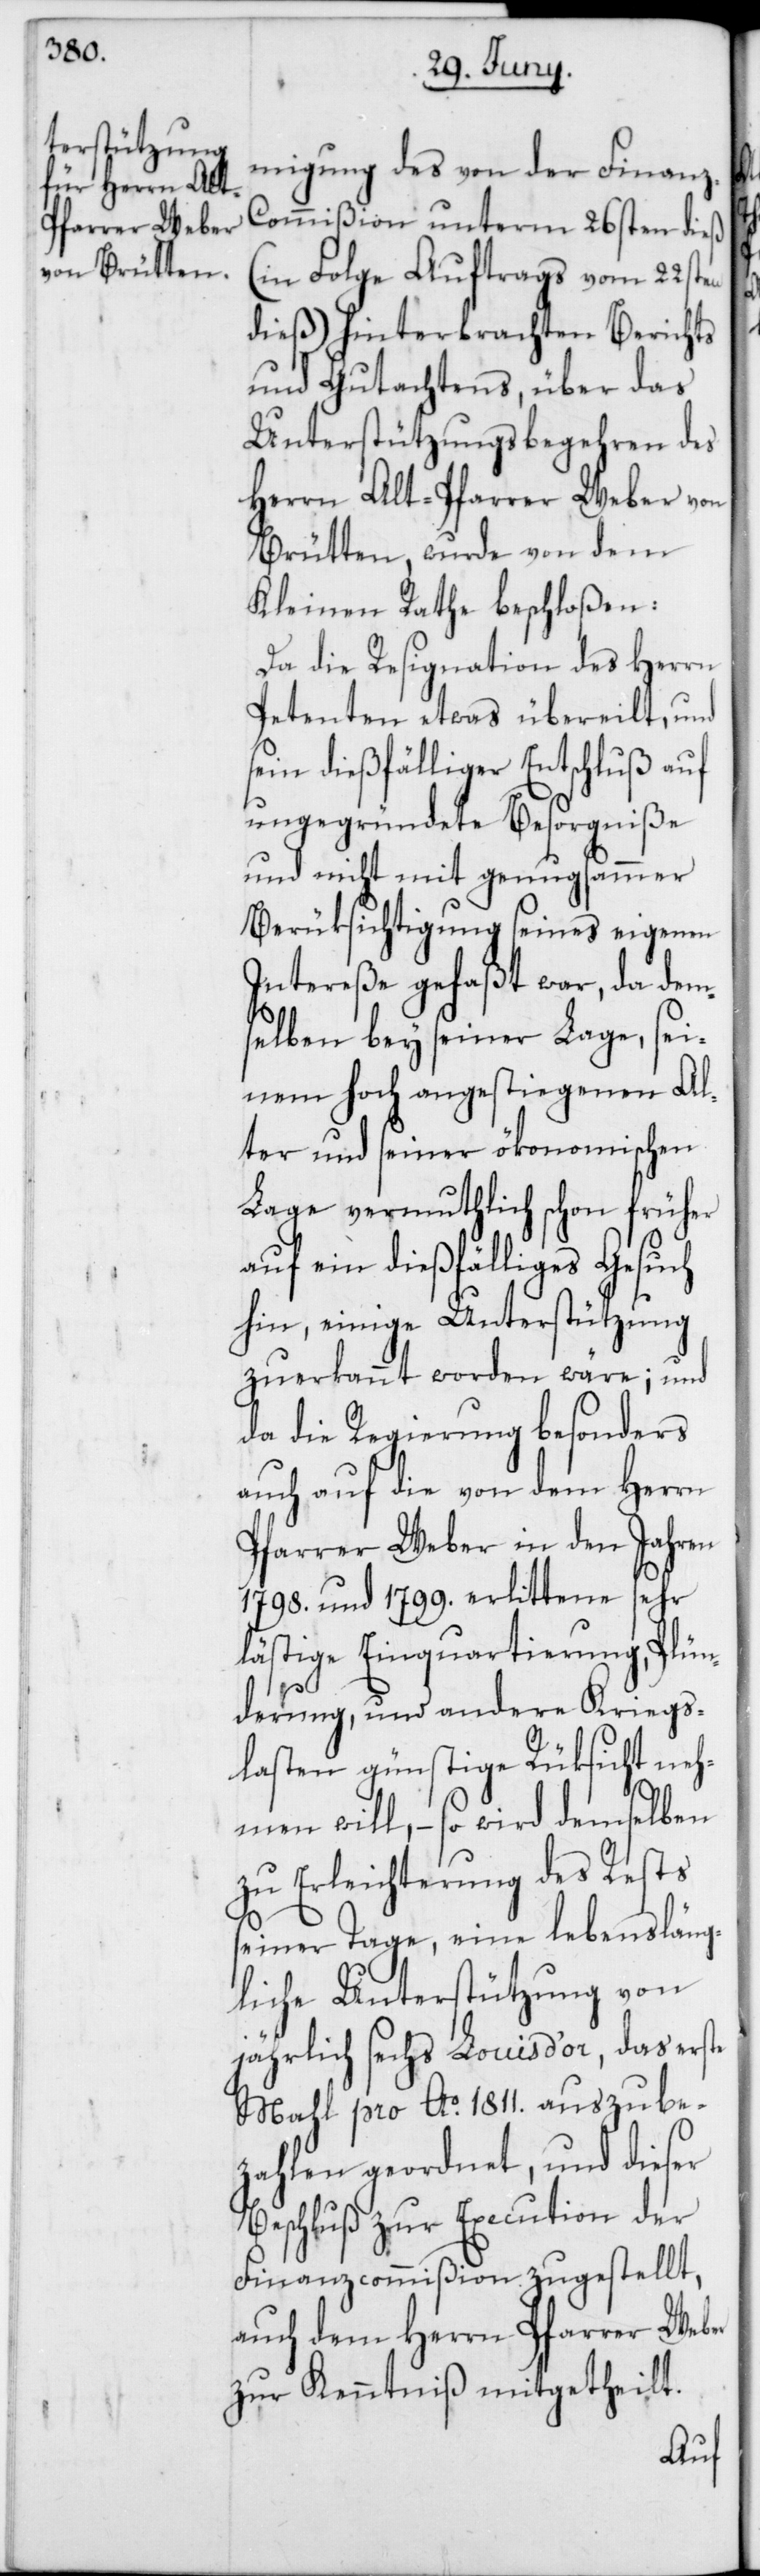
migung des von der Finanz-C¬
ommißion unterm 26sten dieß
(in Folge Auftrags vom 22sten
dieß) hinterbrachten Berichts
und Gutachtens, über das
Unterstützungsbegehren des
Herrn Alt-Pfarrer Weber von
Brütten, wurde von dem
Kleinen Rathe beschloßen:
Da die Resignation des Herrn
Petenten etwas übereilt, und
sein dießfälliger Entschluß auf
ungegründete Besorgniße
und nicht mit genugsammer
Berüksichtigung seines eigenen
selben bey seiner Lage, sei¬
nem hoch angestiegenen Al¬
ter und seiner ökonomischen
Lage vermuthlich schon früher
auf ein dießfälliges Gesuch
hin, einige Unterstützung
zuerkannt worden wäre; und
da die Regierung besonders
auch auf die von dem Herrn
Pfarrer Weber in den Jahren
1798. und 1799. erlittene sehr
lästige Einquartierung, Plün¬
derung, und andere Kriegs¬
lasten günstige Rüksicht neh¬
men will, – so wird demselben
zu Erleichterung des Rests
seiner Tage, eine lebensläng¬
liche Unterstützung von
jährlich sechs Louis d’or, das erste
Mahl pro Ao. 1811. auszube¬
zahlen geordnet, und dieser
Beschluß zur Execution der
Finanzcommißion zugestellt,
auch dem Herrn Pfarrer Weber
zur Kenntniß mitgetheilt.
dem¬